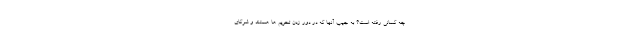
چه کسانی رفته است؟ به جیب آنها که در دور زدن تحریم ها هستند و شرکای